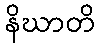
နိဃာတိ